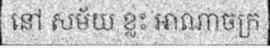
នៅ សម័យ ខ្លះ អាណាចក្រ